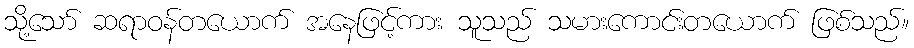
သို့သော် ဆရာဝန်တယောက် အနေဖြင့်ကား သူသည် သမားကောင်းတယောက် ဖြစ်သည်။